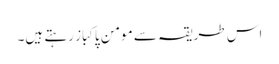
اس طریقہ سے مومن پاکباز رہتے ہیں۔